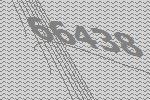
66438